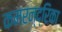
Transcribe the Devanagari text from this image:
कमरन्द्रिका